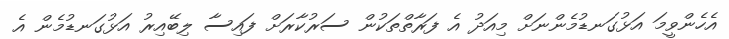
އެހެންވީމަ އަޅުގަނޑުމެންނަށް މިއަދު އެ ފަރާތްތަކުން ސަރުކާރަށް ފައިސާ ލިބޭއިރު އަޅުގަނޑުމެން އެ